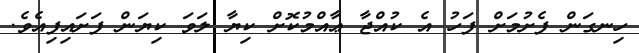
ހިނގަން ފެށުމަށް ފަހު އެ ކުއްޖާ ޢާއްމުކޮށް ކިޔާ ލަވަ ކިޔަން ފަށައިފިއެވެ.